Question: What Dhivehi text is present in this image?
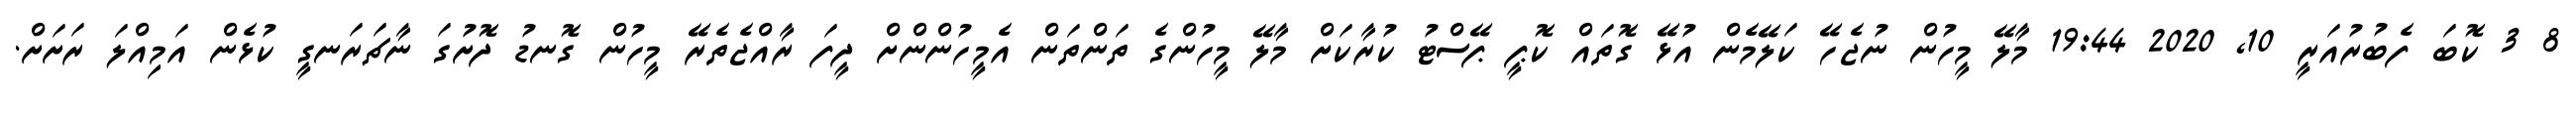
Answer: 8 3 ކޮބަ ފެބުރުއަރީ 10, 2020 19:44 މާލޭ މީހުން ނުޖެހޭ ކަލޭމެން އުޅޭ ގޮތައް ކޮޕީ ޕޭސްޓު ކުރާކަށް މާލޭ މީހުންގެ ތަންތަން އެމީހުންންށް ދީފަ ރާއްޖެތެރޭ މީހުން ގޮނޑު ދޮށުގަ ނާޗަރަނގީ ކުޅެން އަމިއްލަ ރަށަށް.